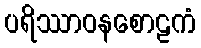
ပရိဿာဝနစောဠကံ